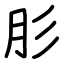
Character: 肜